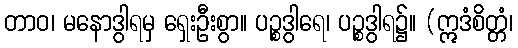
တာဝ၊ မနောဒွါရမှ ရှေးဦးစွာ။ ပဉ္စဒွါရေ၊ ပဉ္စဒွါရ၌။ (ဣဒံစိတ္တံ၊